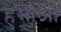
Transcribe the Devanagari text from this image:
हुसाओ